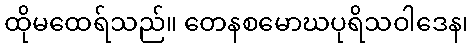
ထိုမထေရ်သည်။ တေနစမောဃပုရိသဝါဒေန၊